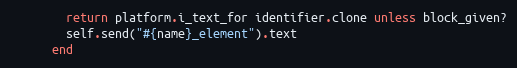
Language: Ruby
        return platform.i_text_for identifier.clone unless block_given?
        self.send("#{name}_element").text
      end